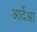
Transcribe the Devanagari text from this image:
आर्देआ